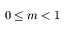
0 \leq m < 1